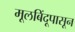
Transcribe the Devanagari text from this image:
मूलबिंदूपासून